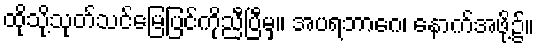
ထိုသို့သုတ်သင်မြေပြင်ကိုညီပြီမှ။ အပရဘာဂေ၊ နောက်အဖို့၌။